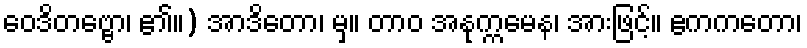
ဝေဒိတဗ္ဗော၊ ၏။) အာဒိတော၊ မှ။ တာဝ အနုက္ကမေန၊ အားဖြင့်။ ဧကကတော၊